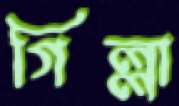
গিল্লা